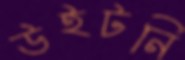
উইটনি